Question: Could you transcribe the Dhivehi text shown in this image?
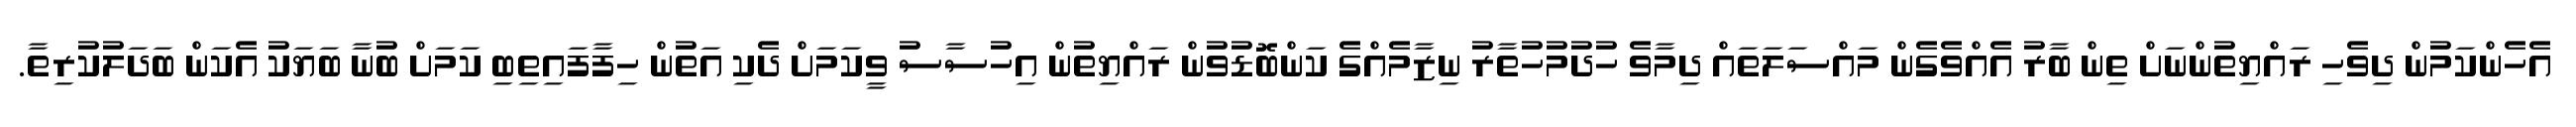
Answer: އެހެންކަމުން ދިވެހި ރައްޔިތުންނަށް ތިން ބާރު އެއްވެގެން މައްސަލަތައް ދިމާވެ ހުދުމުހުތާރު ނިޒާމެއްގެ ކަންބޮޑުވުން ރައްޔިތުން އިހުސާސު ވީކަމަށް ދެކި އަތުން ހިފާފައިތިބި ކަމަށް ބުނާ ބަޔަކު އެކަން ބަދަލުކުރިތާ.